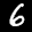
Label: 6